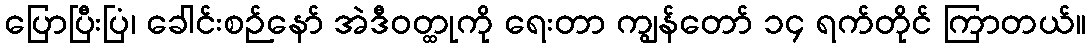
ပြောပြီးပြံ၊ ခေါင်းစဉ်နော် အဲဒီဝတ္ထုကို ရေးတာ ကျွန်တော် ၁၄ ရက်တိုင် ကြာတယ်။